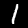
Digit: 1